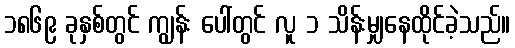
၁၈၆၉ ခုနှစ်တွင် ကျွန်း ပေါ်တွင် လူ ၁ သိန်းမျှနေထိုင်ခဲ့သည်။